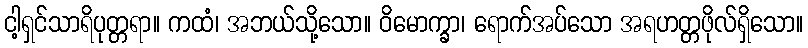
ငါ့ရှင်သာရိပုတ္တရာ။ ကထံ၊ အဘယ်သို့သော။ ဝိမောက္ခာ၊ ရောက်အပ်သော အရဟတ္တဖိုလ်ရှိသော။